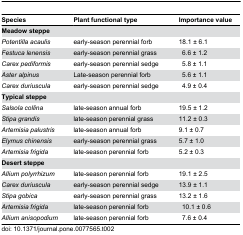
<table><thead><tr><td><b>Species</b></td><td><b>Plant functional type</b></td><td><b>Importance value</b></td></tr></thead><tbody><tr><td><b>Meadow steppe</b></td><td></td><td></td></tr><tr><td><i>Potentilla acaulis</i></td><td>early-season perennial forb</td><td>18.1 ± 6.1</td></tr><tr><td><i>Festuca lenensis</i></td><td>early-season perennial grass</td><td> 6.6 ± 1.2</td></tr><tr><td><i>Carex pediformis</i></td><td>early-season perennial sedge</td><td> 5.8 ± 1.1</td></tr><tr><td><i>Aster alpinus</i></td><td>Late-season perennial forb</td><td> 5.6 ± 1.1</td></tr><tr><td><i>Carex duriuscula</i></td><td>early-season perennial sedge</td><td> 4.9 ± 0.4</td></tr><tr><td><b>Typical steppe</b></td><td></td><td></td></tr><tr><td><i>Salsola collina</i></td><td>late-season annual forb</td><td>19.5 ± 1.2</td></tr><tr><td><i>Stipa grandis</i></td><td>late-season perennial grass</td><td>11.2 ± 0.3</td></tr><tr><td><i>Artemisia palustris</i></td><td>late-season annual forb</td><td>9.1 ± 0.7</td></tr><tr><td><i>Elymus chinensis</i></td><td>early-season perennial grass</td><td>5.7 ± 1.0</td></tr><tr><td><i>Artemisia frigida</i></td><td>late-season perennial forb</td><td>5.2 ± 0.3</td></tr><tr><td><b>Desert steppe</b></td><td></td><td></td></tr><tr><td><i>Allium polyrrhizum</i></td><td>late-season perennial forb</td><td>19.1 ± 2.5</td></tr><tr><td><i>Carex duriuscula</i></td><td>early-season perennial sedge</td><td>13.9 ± 1.1</td></tr><tr><td><i>Stipa gobica</i></td><td>early-season perennial grass</td><td>13.2 ± 1.6</td></tr><tr><td><i>Artemisia frigida</i></td><td>late-season perennial forb</td><td> 10.1 ± 0.6</td></tr><tr><td><i>Allium anisopodium</i></td><td>late-season perennial forb</td><td> 7.6 ± 0.4</td></tr></tbody></table>